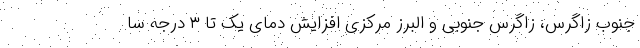
جنوب زاگرس، زاگرس جنوبی و البرز مرکزی افزایش دمای یک تا ۳ درجه سا